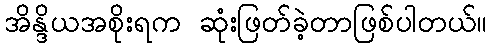
အိန္ဒိယအစိုးရက ဆုံးဖြတ်ခဲ့တာဖြစ်ပါတယ်။